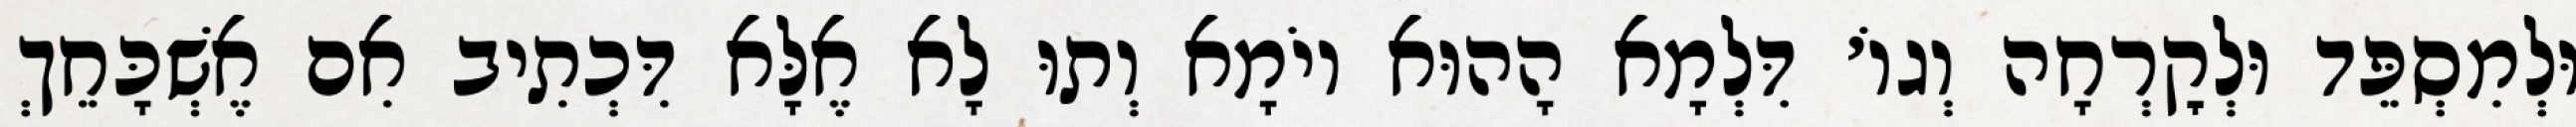
וּלְמִסְפֵּד וּלְקׇרְחָה וְגוֹ׳ דִּלְמָא הָהוּא יוֹמָא וְתוּ לָא אֶלָּא דִּכְתִיב אִם אֶשְׁכָּחֵךְ